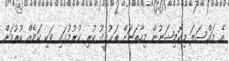
އެ މައްސަލަ މިކޮމިޝަނުން މިހާތަނަށް ތަޙުޤީޤު ކުރި ކުރުމުގައި ވަކި ކަމެއް ކުރުމަށް